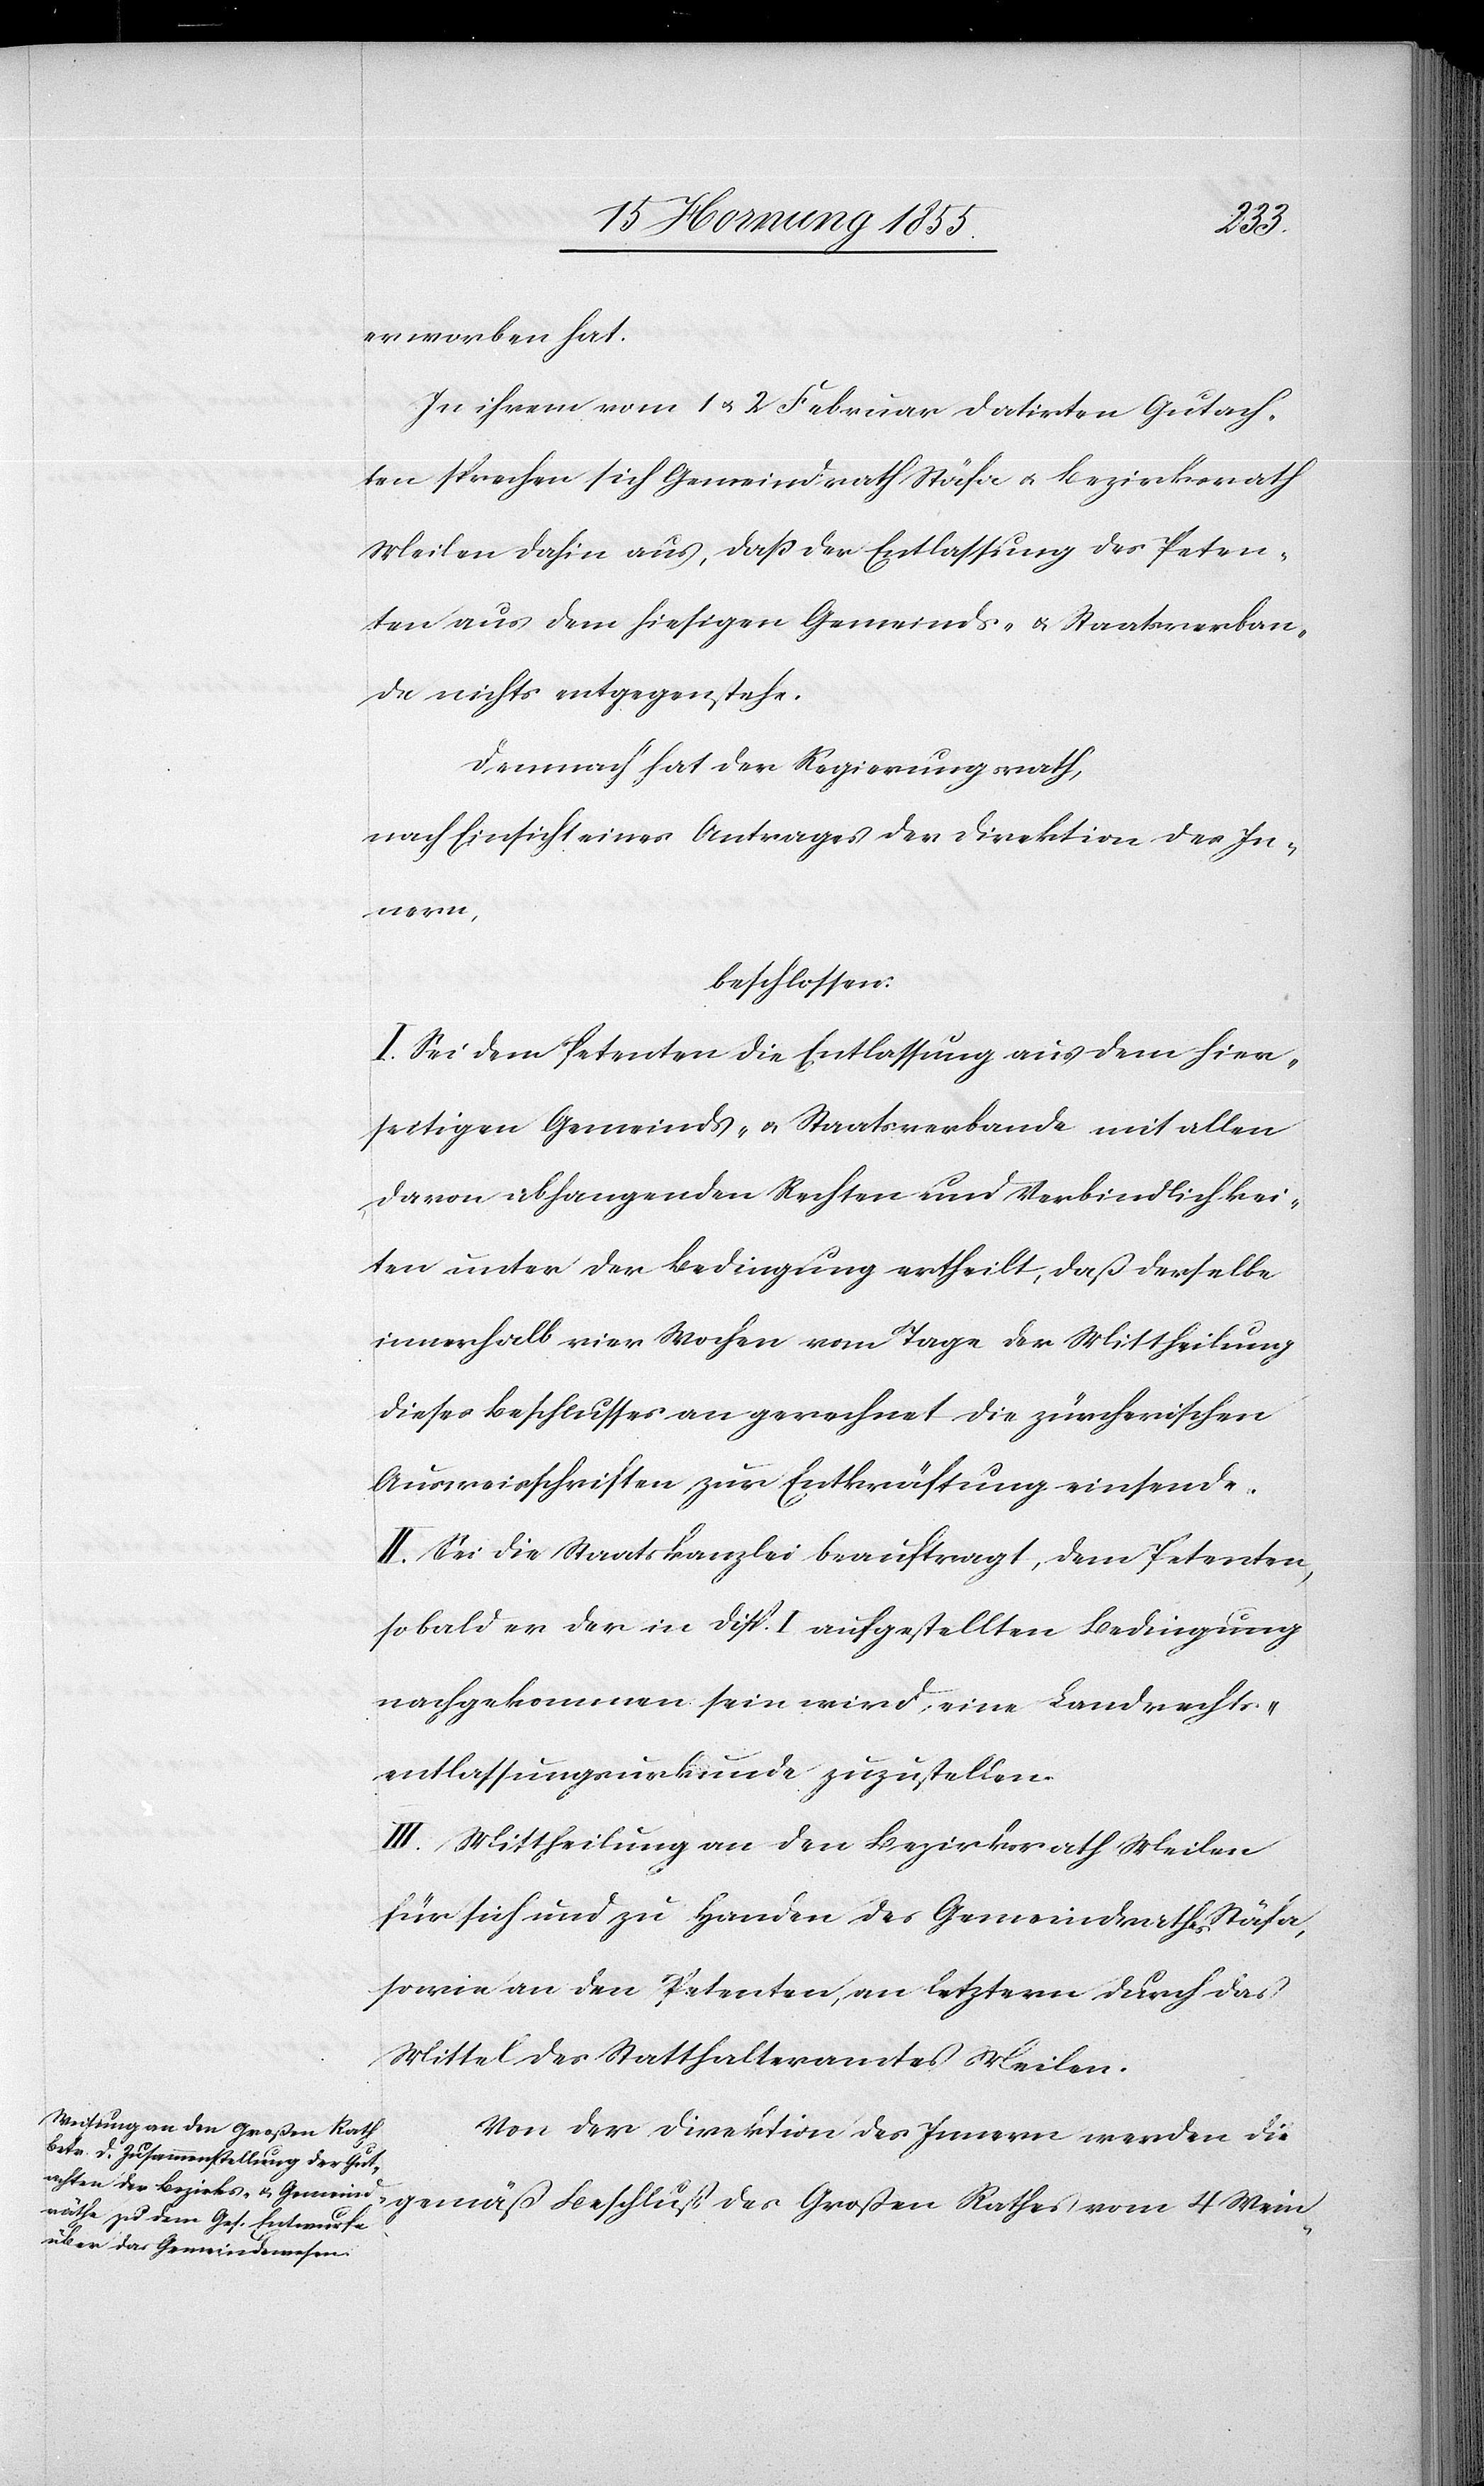
Rathes
erworben hat.
In ihrem vom 1 & 2 Februar datirten Gutach¬
ten sprechen sich Gemeindrath Stäfa & Bezirksrath
Meilen dahin aus, daß der Entlassung des Peten¬
ten aus dem hiesigen Gemeinds- & Staatsverban¬
de nichts entgegen stehe.
Demnach hat der Regierungsrath,
nach Einsicht eines Antrages der Direktion des In¬
Wein-
beschlossen:
I. Sei dem Petenten die Entlassung aus dem hier¬
seitigen Gemeinds- & Staatsverbande mit allen
davon abhangenden Rechten und Verbindlichkei¬
ten unter der Bedingung ertheilt, daß derselbe
innerhalb vier Wochen vom Tage der Mittheilung
dieses Beschlusses an gerechnet die zürcherischen
Ausweisschriften zur Entkräftung einsende.
II. Sei die Staatskanzlei beauftragt, dem Petenten,
so bald er der in Disp. I aufgestellten Bedingung
nachgekommen sein wird, eine Landrechts¬
entlassungsurkunde zuzustellen.
III. Mittheilung an den Bezirksrath Meilen
für sich und zu Handen des Gemeindrathes Stäfa,
sowie an den Petenten, an letztern durch das
Mittel des Statthalteramtes Meilen.
Von der Direktion des Innern werden die